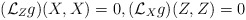
\begin{align*}(\mathcal{L}_Z g)(X,X) = 0, (\mathcal{L}_X g)(Z,Z) = 0 \end{align*}